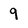
Character: 9